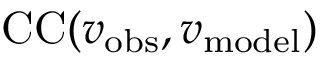
\mathrm { C C } ( { \boldsymbol { v } } _ { \mathrm { o b s } } , { \boldsymbol { v } } _ { \mathrm { m o d e l } } )